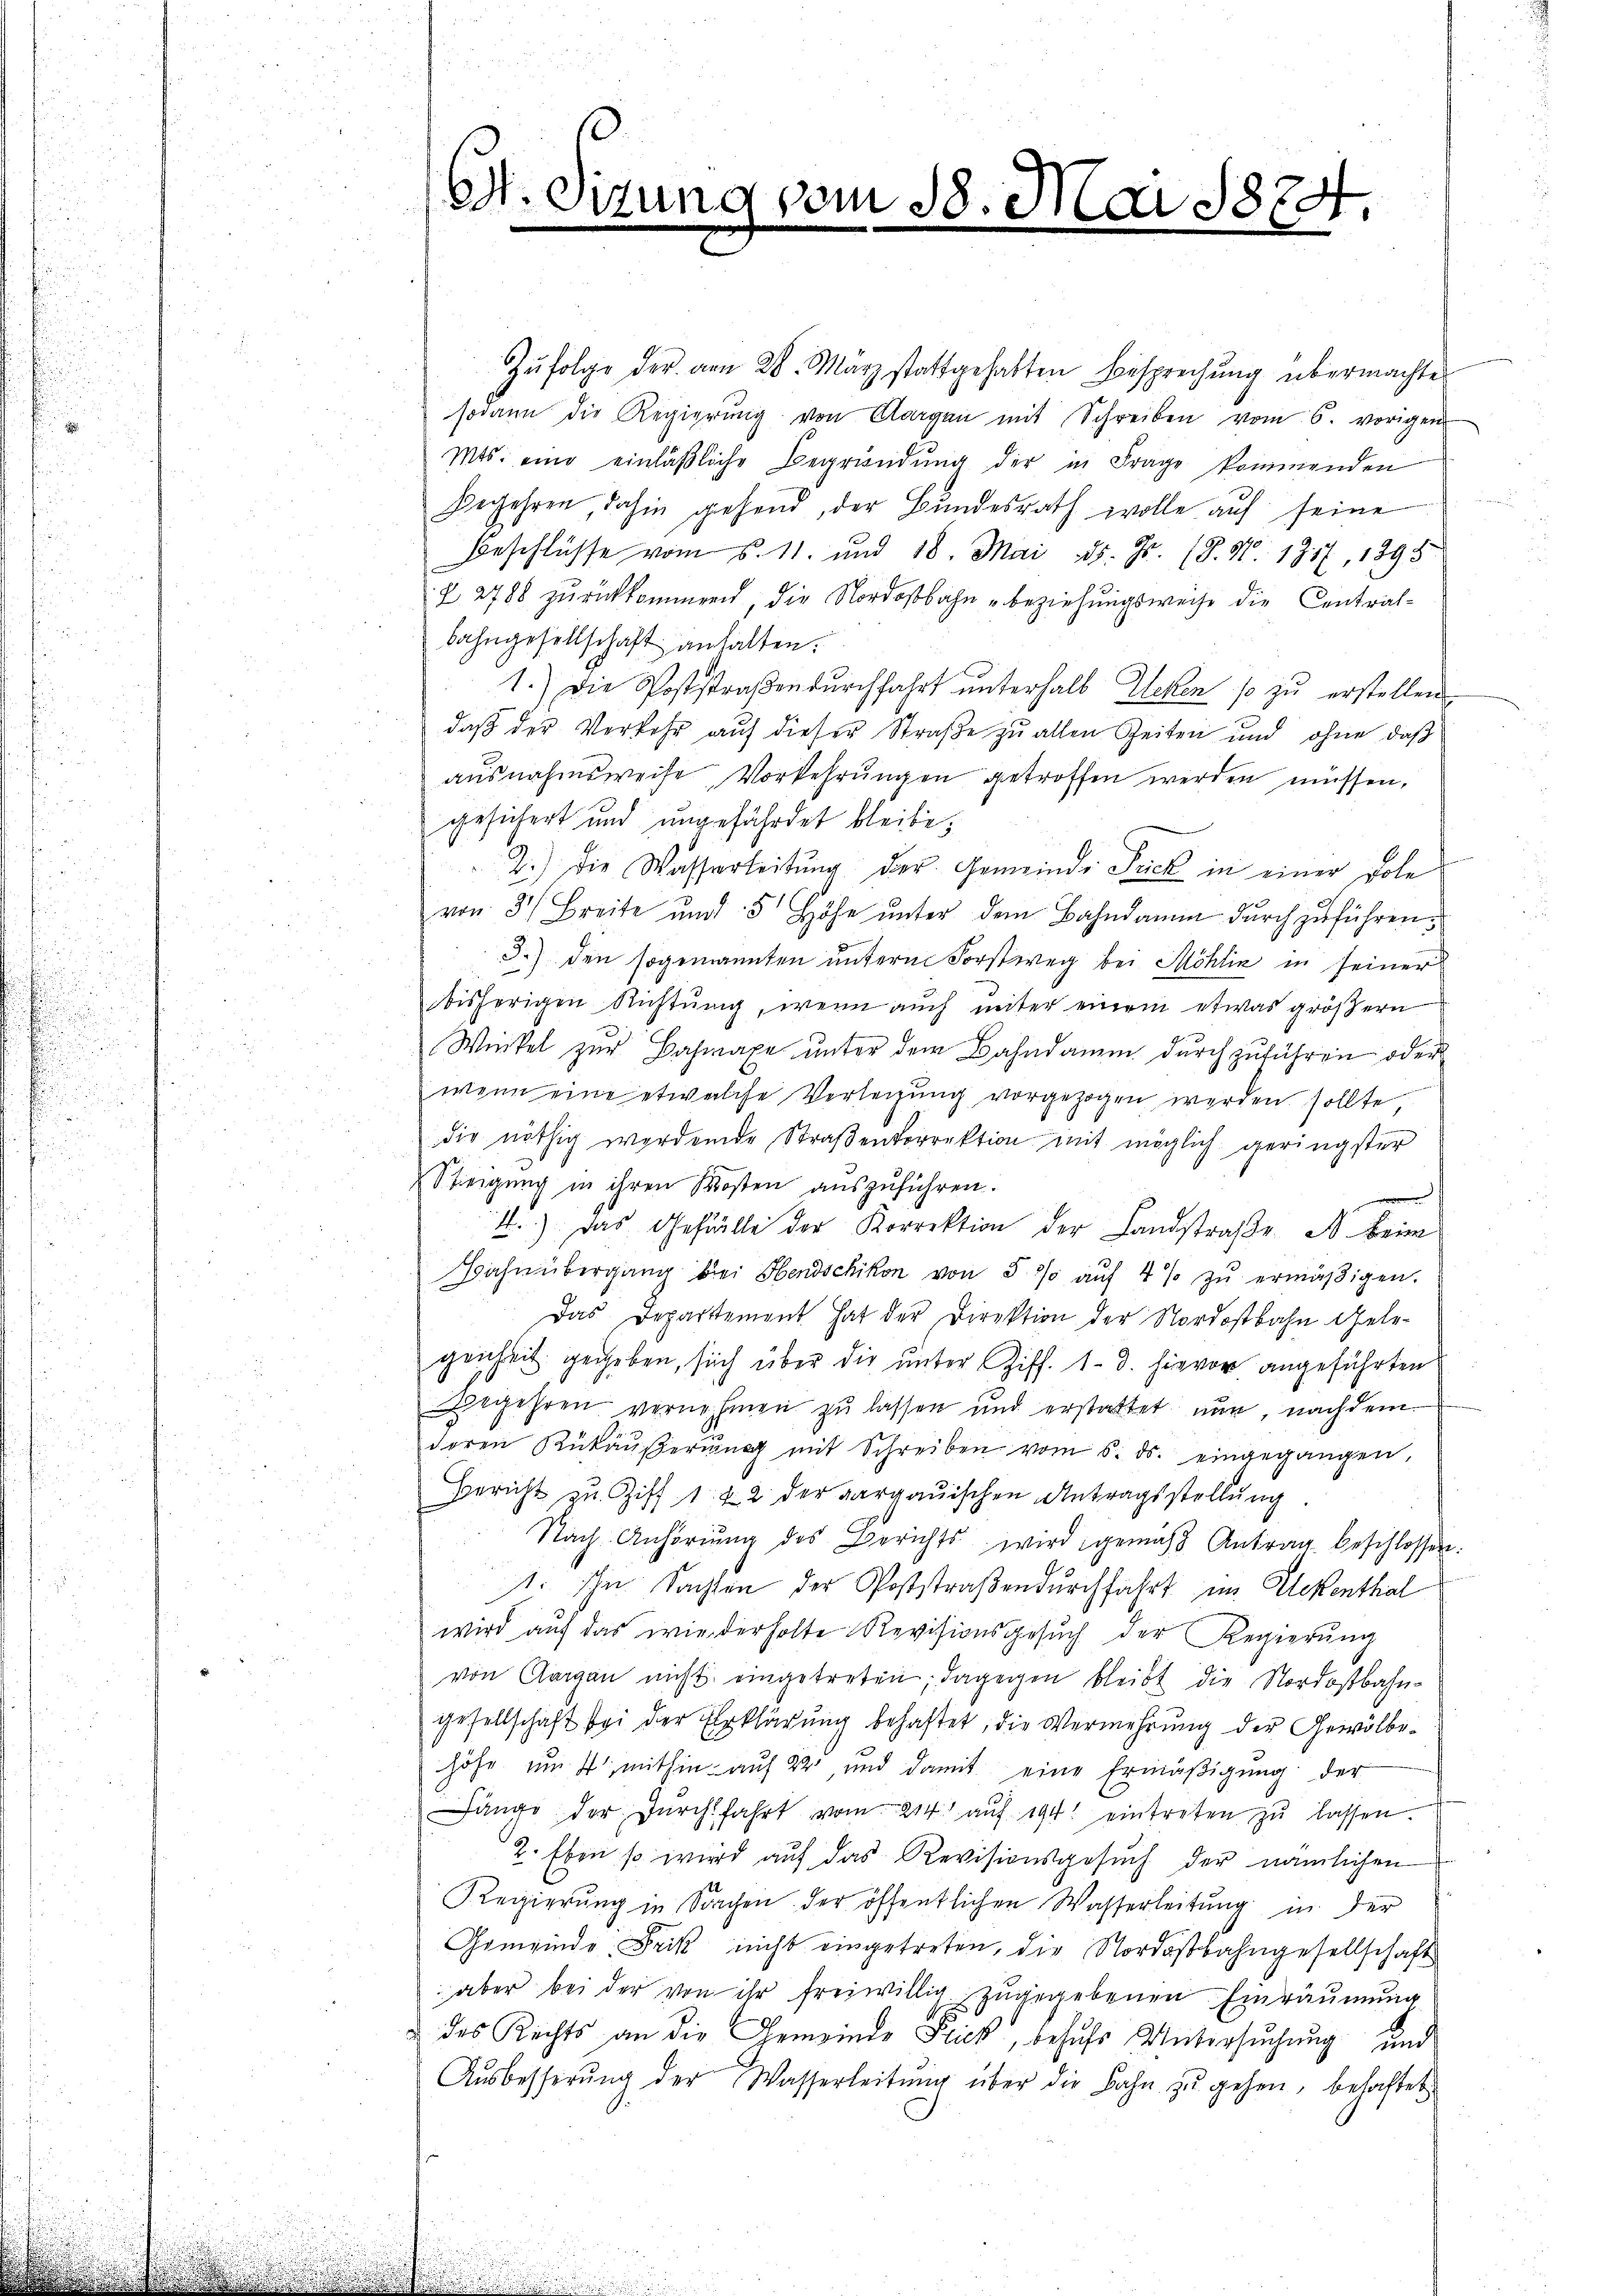
A. Sitzung vom 18. Mai 1874
n
e

Zŭfolge der am 28. März stattgehabten Besprechung übermachte
sodann die Regierŭng von Aargau mit Schreiben vom 6. vorigen
Mts. eine einläβliche Begründŭng der in Frage kommenden
nenen zu
Begehren dahin gehend, der Bundesrath wolle auf seine
Beschlüsse vom 5. 11. und 18. Mai d. Js. (8. No. 1717, 1295
Z 2788 zurückkommend, die Nordostbahn u beziehungsweise die Central-
bahngesellschaft anhalten.
1.) Die Poststraßendurchfahrt unterhalb Ecken so zu erstellen
daß der Verkehr auf dieser Straße zu allen Zeiten und ohne daß
ausnahmsweise, Vorkehrungen getroffen werden müssen,
gesichert und ungefährdet bleibe.
2.) Die Wasserleitŭng der Gemeinde Frick in einer Dole
von 3 Breite und 5 Höhe ŭnter dem Bahndamm dŭrchzŭführen;
d.) den sogenannten unterm Forstweg bei Möhlin in seiner
bisherigen Richtung, wenn auch unter einem etwas größern
Winkel zur Bahnaxe unter dem Bahndamm durchzuführen oder
wenn eine etwelche Verlegung vorgezogen werden sollte,
die nöthig werdende Straβenkorrektion mit möglich geringster
Steigung in ihren Kosten auszuführen.

1.) Das Gefälle der Korrektion der Landstraβe A. beim
Bahnübergang bei Hendschikon von 5 % auf 4 % zu ermäßigen.
Das Departement hat der Direktion der Nordostbahn Gelegenheit gegeben, sich über die unter Ziff. 13. hievor angeführten
Begehren vernehmen zu lassen und erstattet nun, nachdem
doren Rükäŭβerŭng mit Schreiben vom 6. ds. eingegangen,
Bericht zu Ziff 1. & 2 der aargauischen Antragsstellung
Nach Anhörŭng des Berichts wird gemäß Antrag beschlossen:
1. In Sachten der Poststraßendurchfahrt im Elekenthal
wird auf das wiederholte Revisionsgesuch der Regierung
von Aargau nicht eingetreten; dagegen bleibt die Nordostbahngesellschaft bei der Erklärung behaftet, die Vermehrung der Gewölbehöhe um 4 mithin auf 22, und damit eine Ermäßigung der
änge der Durchfahrt vom 214 auf 194 eintreten zŭ lassen.
2. Eben so wird auf das Revisionsgesuch der nämlichen
Regierung in Sachen der öffentlichen Wasserleitung in der
Gemeinde Frik nicht eingetreten, die Nordostbahngesellschaft
 aber bei der von ihr freiwillig zugegebenen Einräumung
des Rechts an die Gemeinde Flick, behufs Untersuchung und
Aŭsbesserŭng der Wasserleitŭng über die Bahn zŭ gehen, behaftet